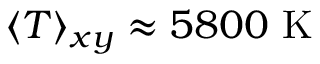
\langle T \rangle _ { x y } \approx 5 8 0 0 \mathrm { \ K }